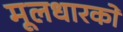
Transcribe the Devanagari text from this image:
मूलधारकों